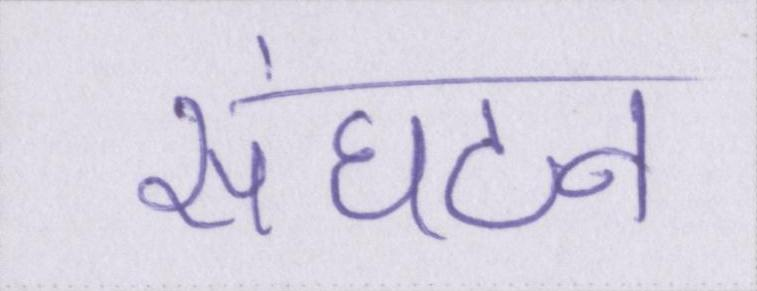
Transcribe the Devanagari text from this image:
संघटन